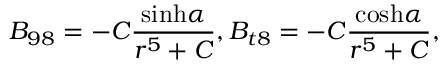
B _ { 9 8 } = - C { \frac { \mathrm { s i n h } \alpha } { r ^ { 5 } + C } } , B _ { t 8 } = - C { \frac { \mathrm { c o s h } \alpha } { r ^ { 5 } + C } } ,